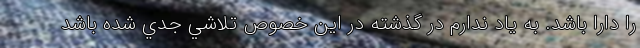
را دارا باشد. به ياد ندارم در گذشته در اين خصوص تلاشي جدي شده باشد